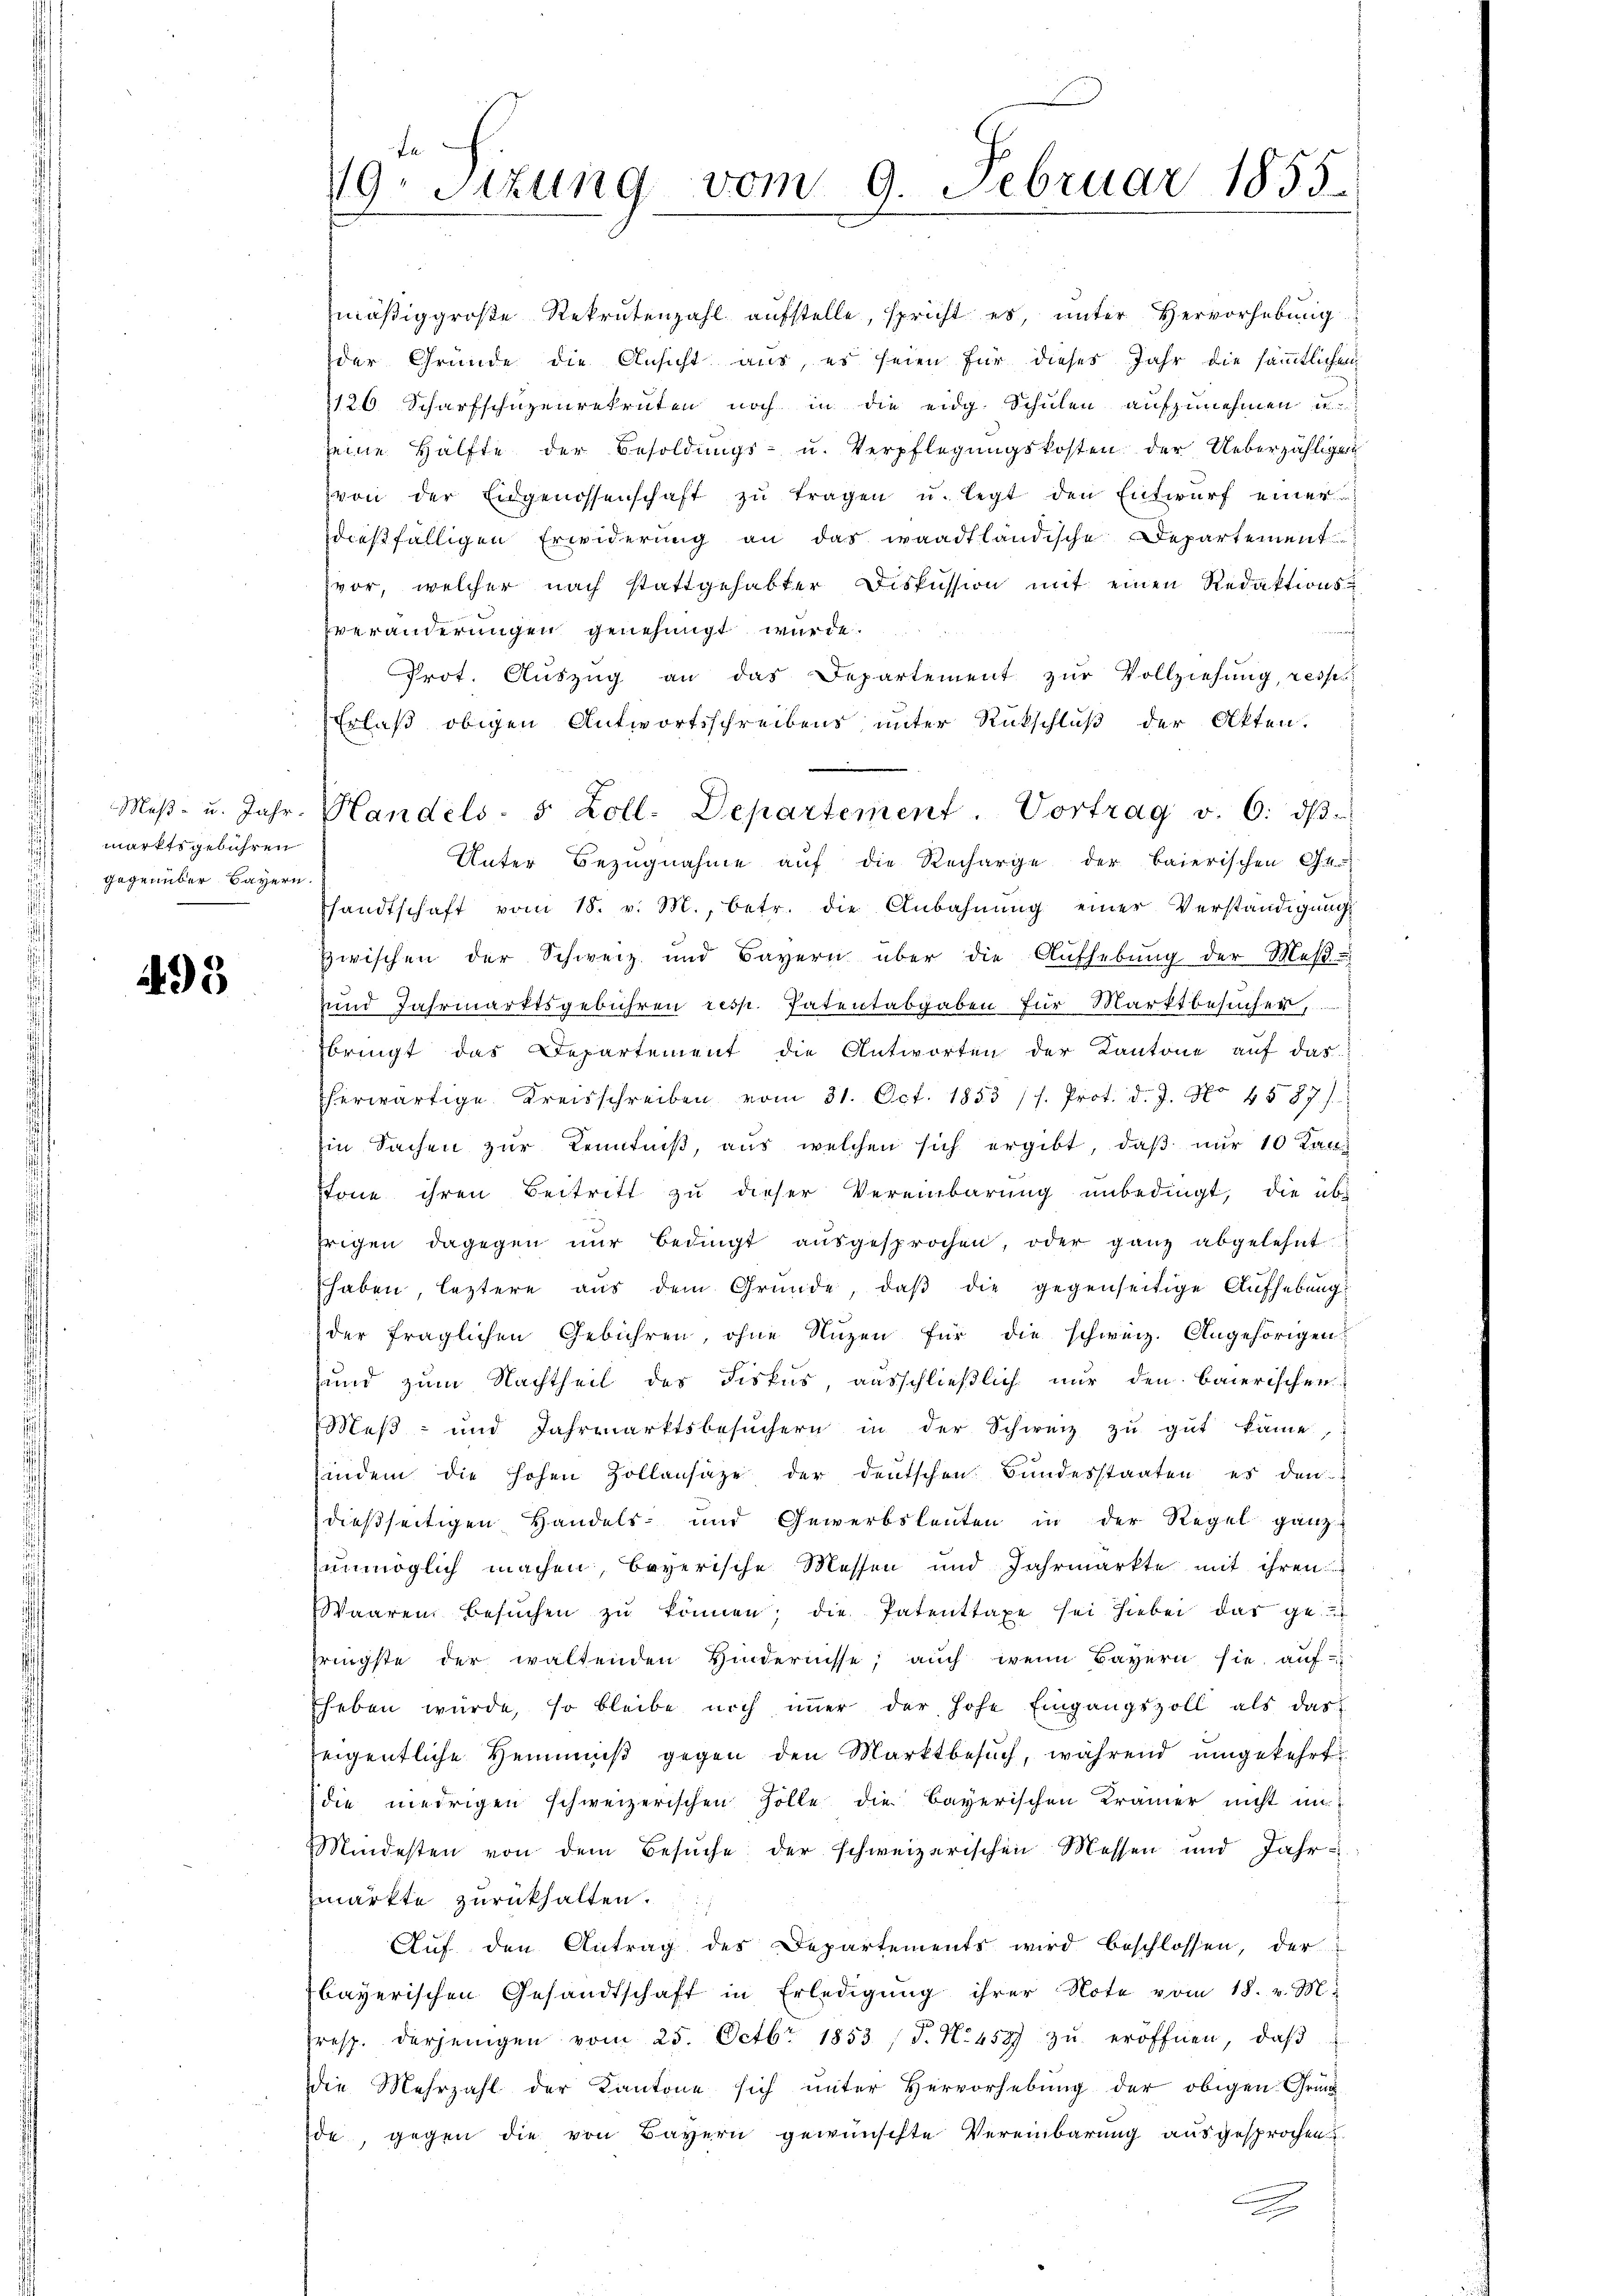
marktsgebühren
gegenüber Bayern.

493

mäβig große Rekrutenzahl aufstelle, spricht es, unter Hervorhebung
der Gründe die Ansicht aus, es seien für dieses Jahr die sämmtlichen
126. Scharfschüzenrekruten noch in die eidg. Schulen aufzunehmen u.
seine Hälfte der Besoldŭngs- u. Verpflegŭngskosten der Ueberzähligen
von der Eidgenossenschaft zŭ tragen u. legt den Entwurf einer
dießfälligen Erwiderung an das waadtländische Departement
vor, welcher nach stattgehabter Diskussion mit einen Redaktionsveränderungen genehmigt wurde.
Prot. Aŭszŭg an das Departement zŭr Vollziehŭng, resser
Erlaß obigen Antwortsschreibens unter Rückschluß der Akten.
Unter Bezugnahme auf die Recharge der baierischen Ge-
shandtschaft vom 18. v. M., betr. die Anbahnŭng einer Verständigŭng
zwischen der Schweiz und Bayern über die Aŭfhebŭng der Maβ-
zund Jahrmarktsgebühren resp. Patentabgaben für Marktbesucher,
bringt das Departement die Antworten der Kantone aŭf das
herwärtige Kreisschreiben vom 31. Oct. 1853 /s. Prot. d. J. No 4587):
Ein Sachen zur Kenntniß, aus welchen sich ergibt, daß nur 10 Kanstone ihren Beitritt zu dieser Vereinbarung unbedingt, die übe
frigen dagegen nŭr bedingt aŭsgesprochen, oder ganz abgelehnt
haben, leztere aŭs dem Gründe, daβ die gegenseitige Aufhebung
der fraglichen Gebühren, ohne Nuzen für die schweiz. Angehörigen
und zum Nachtheil des Fiskus, ausschließlich nur den baierischen
Meβ- und Jahrmarktsbesŭchern in der Schweiz zŭ gŭt käme,
indem die hohen Zollensätze der deutschen Bundesstaaten es den
dießseitigen Handels- und Gewerbsleuten in der Regel ganz
unmöglich machen, beyerische Messen und Jahrmarkte mit ihren
Waaren besŭchen zŭ können; die Patenttaxe sei hiebei das gepringste der waltenden Hindernisse; auch wenn Bayern sie aŭf-
Eheben würde, so bleibe noch immer der hohe Eingangszoll als das
zeigentliche Hemmniß gegen den Marktbesuch, während umgekehrt
die niedrigen schweizerischen Zolle die bayerischen Krämer nicht in
Mindesten von dem Besŭche der schweizerischen Messen und Jahr
märkte zurückhalten.
Aŭf den Antrag des Departements wird beschlossen, der
bayerischen Gesandtschaft in Erledigung ihrer Note vom 18. v. M.
resp. derjenigen vom 25. Octbr. 1853 /T. N. 459) zŭ eröffnen, daβ
Die Mehrzahl der Kantone sich ŭnter Hervorhebŭng der obigen Grün
de, gegen die von Bayern gewünschte Vereinbarung ausgesprochen
2

19. Jezung vom 9. Februar 1855.

Maβ- u. Jahr. Mandels- 5 Zoll- Departement. Vortrag v. 6. dβ